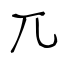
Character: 兀